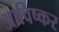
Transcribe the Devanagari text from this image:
आविष्कर